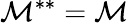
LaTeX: \mathcal{M}^{\ast\ast}=\mathcal{M}